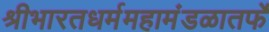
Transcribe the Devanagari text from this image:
श्रीभारतधर्ममहामंडळातर्फे